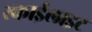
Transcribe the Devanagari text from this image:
स्‍काईलाइट